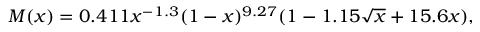
M ( x ) = 0 . 4 1 1 x ^ { - 1 . 3 } ( 1 - x ) ^ { 9 . 2 7 } ( 1 - 1 . 1 5 \sqrt { x } + 1 5 . 6 x ) ,